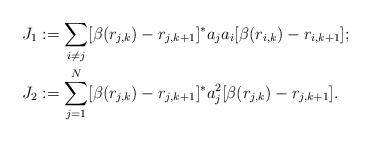
LaTeX: \begin{align*}J_1 &:= \sum_{i\neq j} [ \beta(r_{j,k}) - r_{j,k+1} ]^* a_ja_i [ \beta(r_{i,k}) - r_{i,k+1} ];\\J_2 &:= \sum_{j=1}^N [ \beta(r_{j,k}) - r_{j,k+1} ]^* a_j^2 [ \beta(r_{j,k}) - r_{j,k+1} ]. \end{align*}